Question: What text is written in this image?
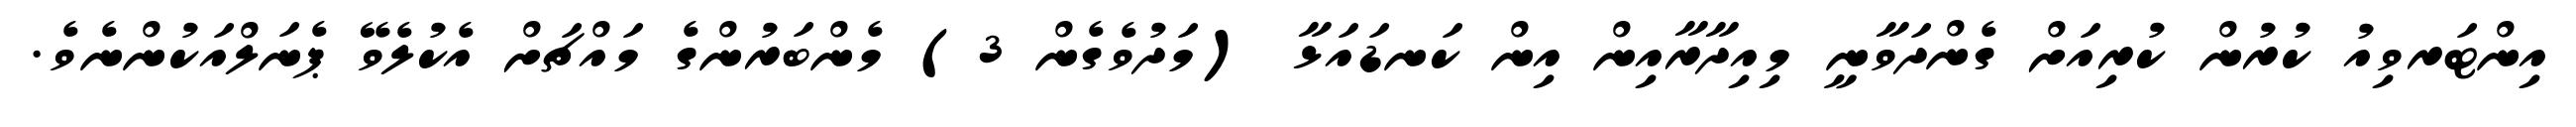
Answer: އިންޓަރވިއު ކުރުން ކުރިއަށް ގެންދަވާނީ މިއިދާރާއިން އިން ކަނޑައަޅާ (މަދުވެގެން 3) މެންބަރުންގެ މައްޗަށް އެކުލެވޭ ޕެނަލްއަކުންނެވެ.